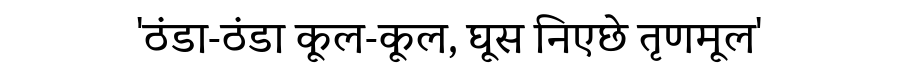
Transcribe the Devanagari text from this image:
'ठंडा-ठंडा कूल-कूल, घूस निएछे तृणमूल'